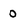
Character: 0